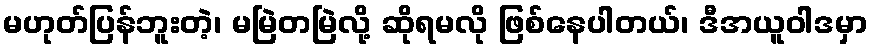
မဟုတ်ပြန်ဘူးတဲ့၊ မမြဲတမြဲလို့ ဆိုရမလို ဖြစ်နေပါတယ်၊ ဒီအယူဝါဒမှာ